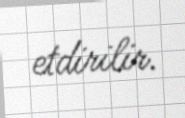
etdirilir.